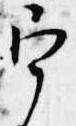
宰